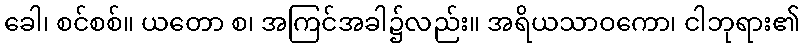
ခေါ၊ စင်စစ်။ ယတော စ၊ အကြင်အခါ၌လည်း။ အရိယသာဝကော၊ ငါဘုရား၏